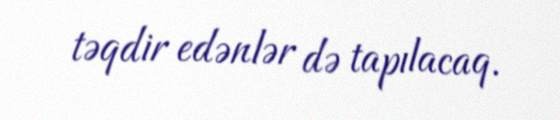
təqdir edənlər də tapılacaq.